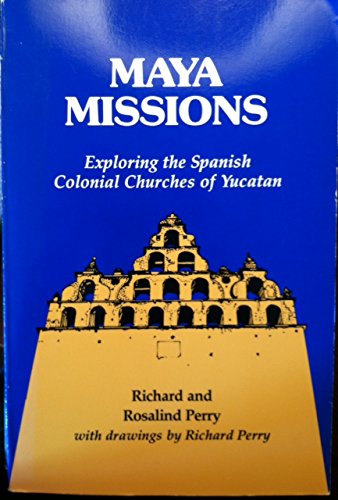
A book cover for Maya Missions: Exploring Colonial Yucatan; Richard D. Perry; Travel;